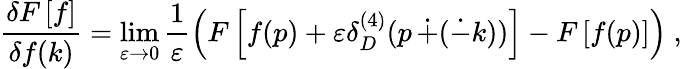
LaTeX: \frac{\delta F\left[f\right]}{\delta f(k)}=\operatorname*{lim}_{\varepsilon\rightarrow 0}\frac{1}{\varepsilon}\left(F\left[f(p)+\varepsilon\delta_{D}^{(4)}(p\, \dot{+}(\dot{-}k))\right]-F\left[f(p)\right]\right)~,